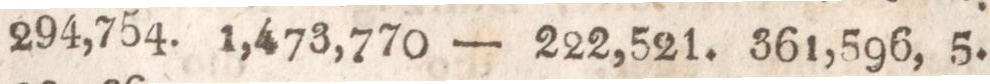
1830.    294,754.    1,473,770    —    222,521.    361,596, 5.